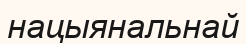
нацыянальнай